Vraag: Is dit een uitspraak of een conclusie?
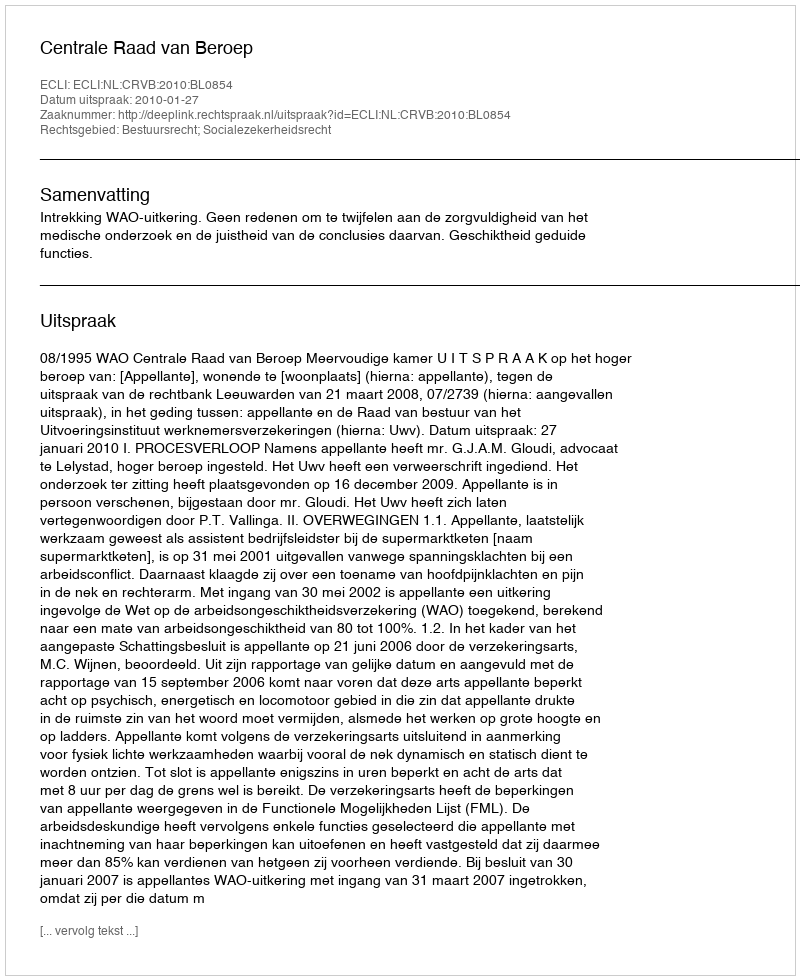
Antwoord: Uitspraak